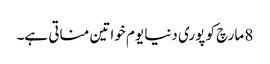
8 مارچ کو پوری دنیا یوم خواتین مناتی ہے۔